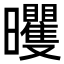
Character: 𣌗